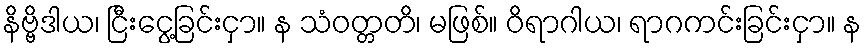
နိဗ္ဗိဒါယ၊ ငြီးငွေ့ခြင်းငှာ။ န သံဝတ္တတိ၊ မဖြစ်။ ဝိရာဂါယ၊ ရာဂကင်းခြင်းငှာ။ န